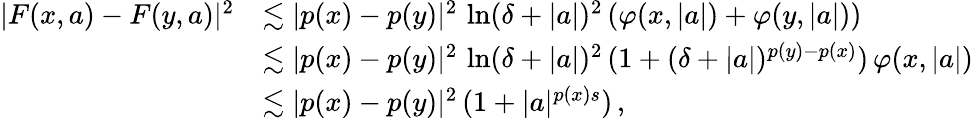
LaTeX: \begin{array}{r}{\begin{array}{rl}{\vert F(x,a)-F(y,a)\vert^{2}}&{\lesssim\vert p(x)-p(y)\vert^{2}\, \ln(\delta+\vert a\vert)^{2}\, (\varphi(x,\vert a\vert)+\varphi(y,\vert a\vert))}\\ &{\lesssim\vert p(x)-p(y)\vert^{2}\, \ln(\delta+\vert a\vert)^{2}\, (1+(\delta+\vert a\vert)^{p(y)-p(x)})\, \varphi(x,\vert a\vert)}\\ &{\lesssim\vert p(x)-p(y)\vert^{2}\, (1+\vert a\vert^{p(x)s})\, ,}\end{array}}\end{array}